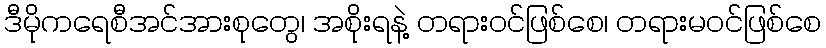
ဒီမိုကရေစီအင်အားစုတွေ၊ အစိုးရနဲ့ တရားဝင်ဖြစ်စေ၊ တရားမဝင်ဖြစ်စေ